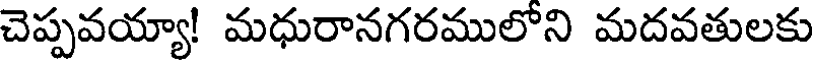
చెప్పవయ్యా! మధురానగరములోని మదవతులకు